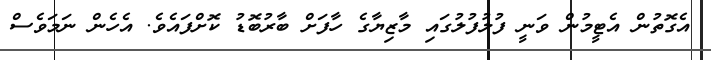
އެގޮތުން އެޓީމުން ވަނީ ފުލުފުލުގައި މާޒިޔާގެ ހާފަށް ބާރުބޮޑު ކޮށްފައެވެ. އެހެން ނަމަވެސް